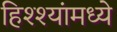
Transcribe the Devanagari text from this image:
हिश्श्यांमध्ये